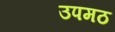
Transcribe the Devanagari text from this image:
उपमठ